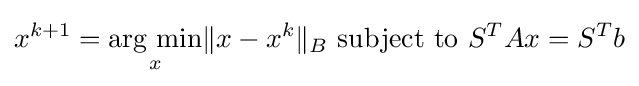
x^{k+1}={\underset {x}{\operatorname {arg\ min} }}\|x-x^{k}\|_{B}{\text{ subject to }}S^{T}Ax=S^{T}b